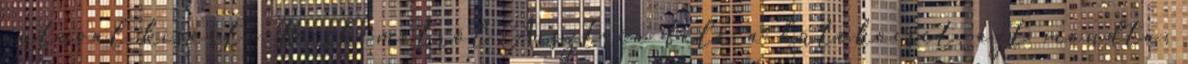
autóval kísérte Kecskemétről Ausztria felé a hűtőkocsit, azt mondta: